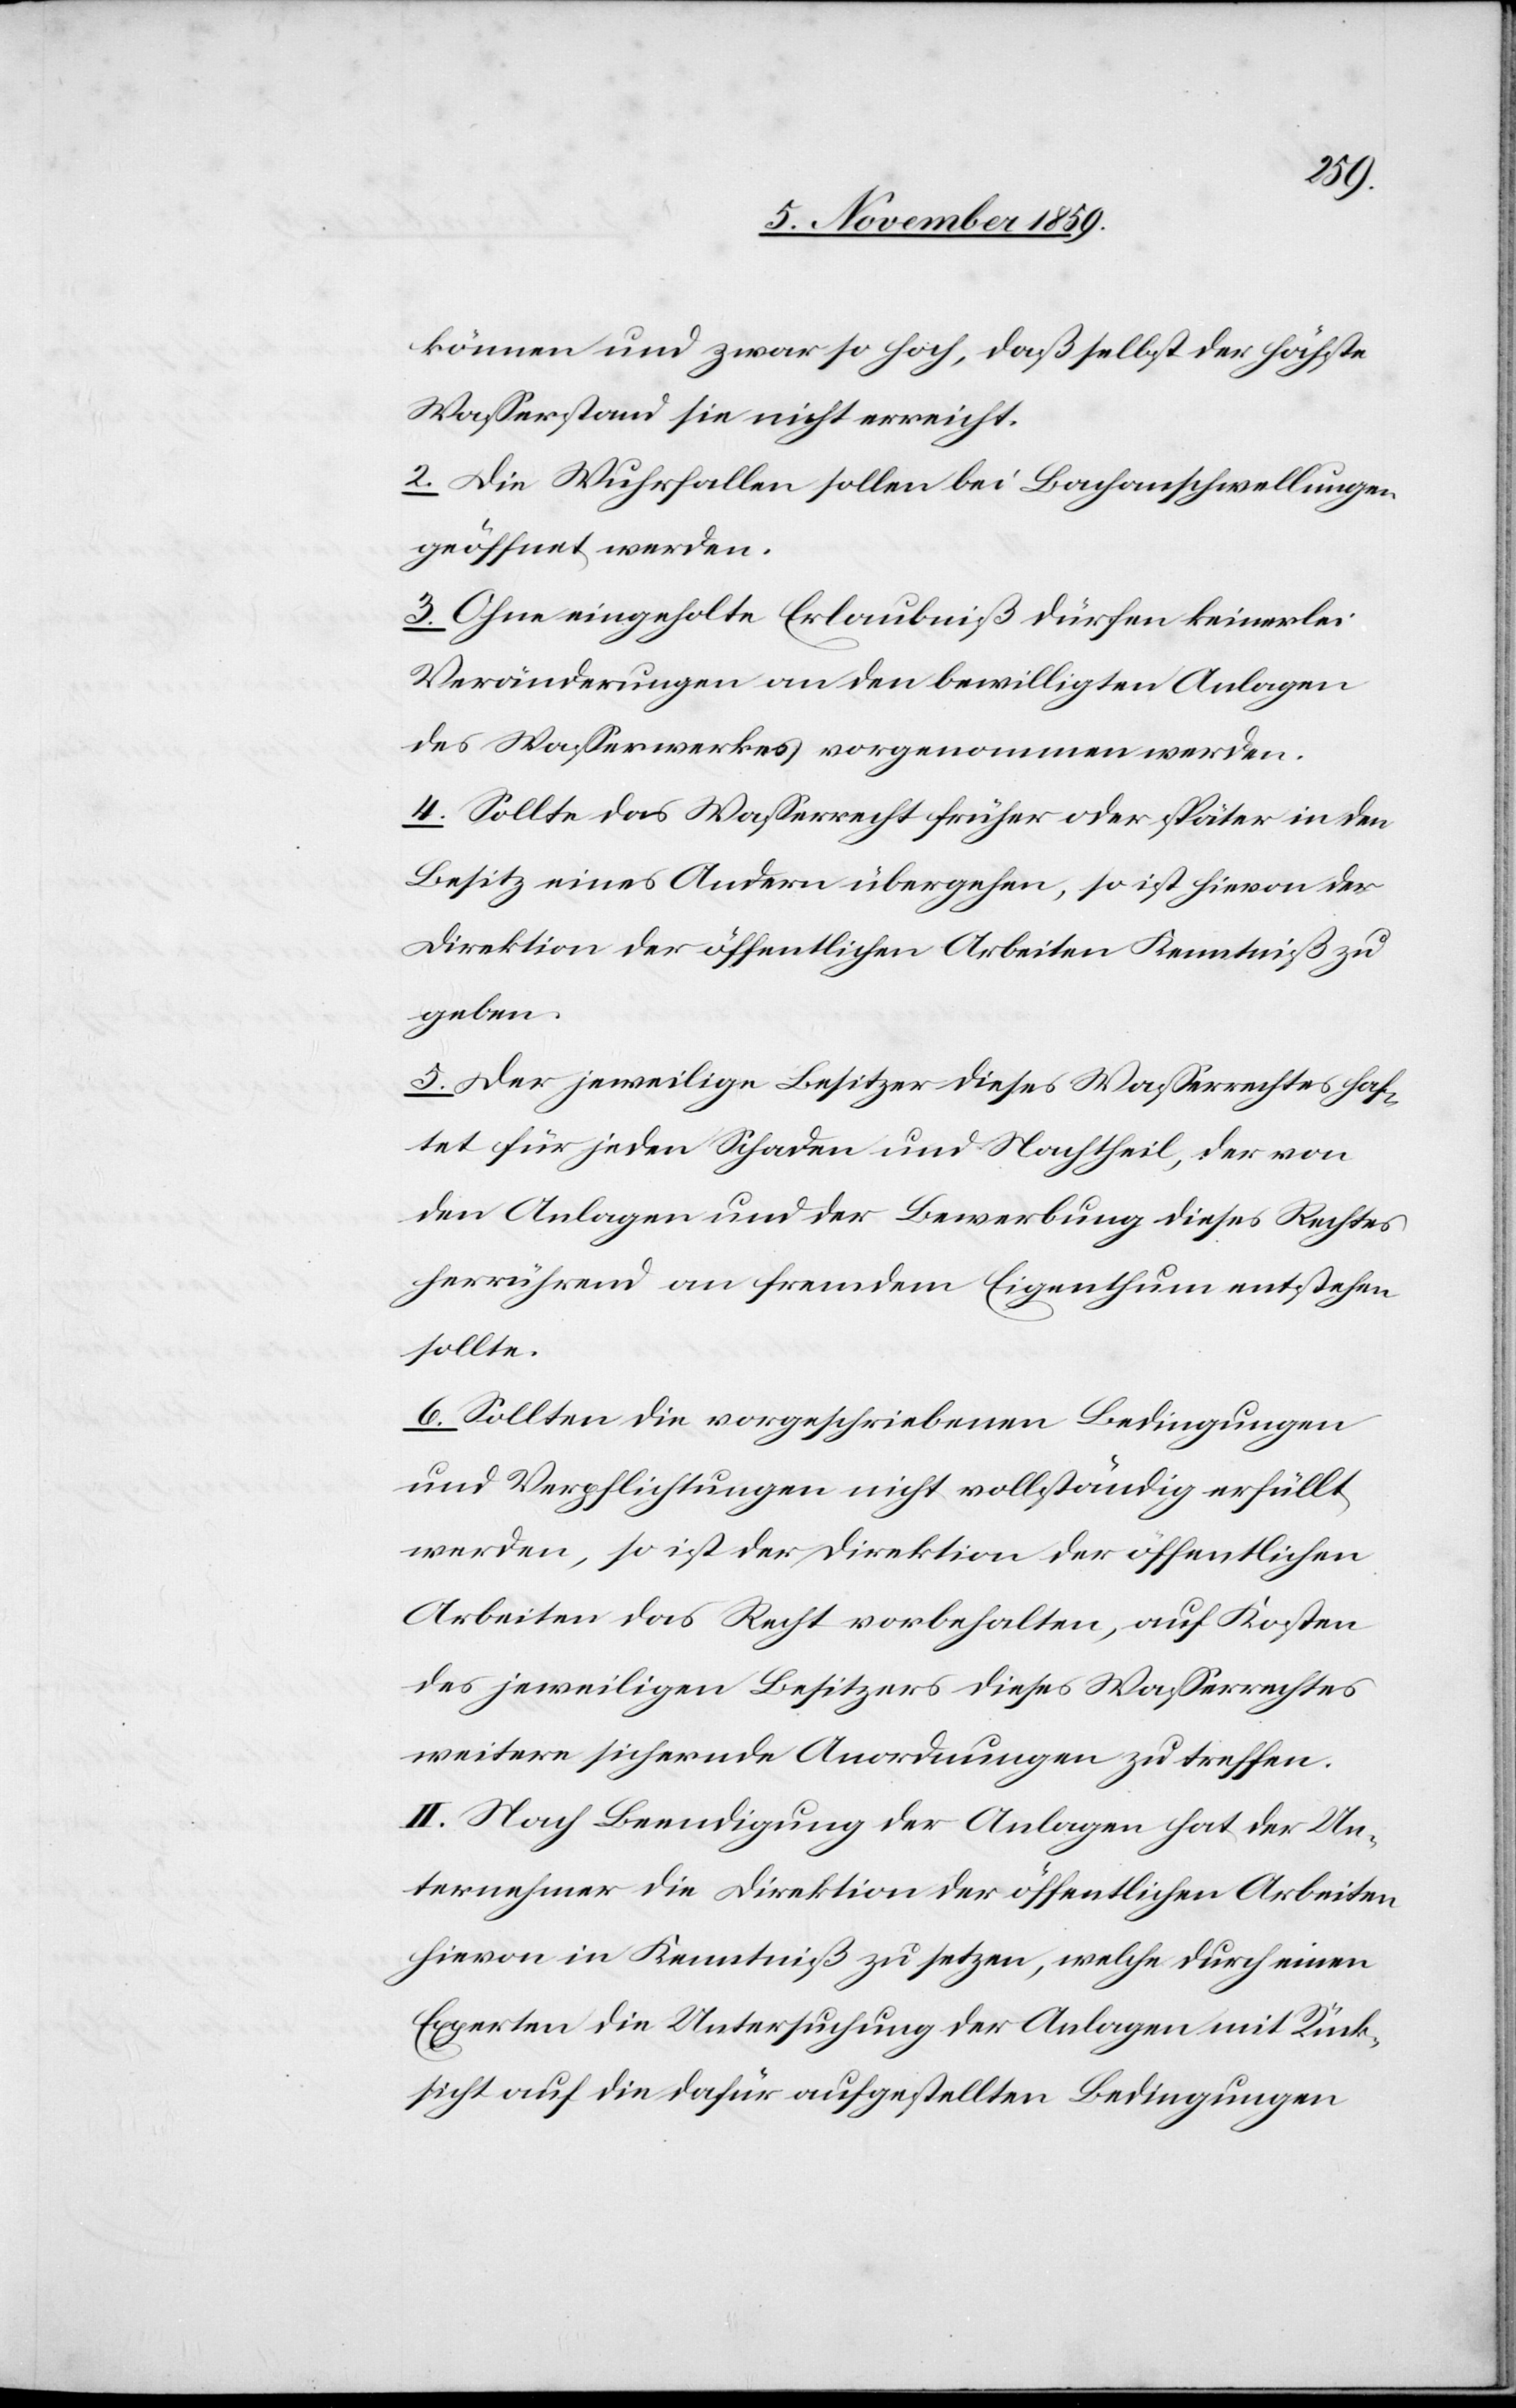
können und zwar so hoch, daß selbst der höchste
Wasserstand sie nicht erreicht.
2. Die Wuhrfallen sollen bei Bachanschwellungen
geöffnet werden.
3. Ohne eingeholte Erlaubniß dürfen keinerlei
Veränderungen an den bewilligten Anlagen
des Wasserwerkes vorgenommen werden.
4. Sollte das Wasserwerk früher oder später in den
Besitz eines Andern übergehen, so ist hievon der
Direktion der öffentlichen Arbeiten Kenntniß zu
geben.
5. Der jeweilige Besitzer dieses Wasserrechtes haf¬
tet für jeden Schaden und Nachtheil, der von
den Anlagen und der Bewerbung dieses Rechtes
herrührend an fremdem Eigenthum entstehen
sollte.
6. Sollten die vorgeschriebenen Bedingungen
und Verpflichtungen nicht vollständig erfüllt
werden, so ist der Direktion der öffentlichen
Arbeiten das Recht vorbehalten, auf Kosten
des jeweiligen Besitzers dieses Wasserrechtes
weitere sichernde Anordnungen zu treffen.
II. Nach Beendigung der Anlagen hat der Un¬
ternehmer die Direktion der öffentlichen Arbeiten
hievon in Kenntniß zu setzen, welche durch einen
Experten die Untersuchung der Anlagen mit Rück¬
sicht auf die dafür aufgestellten Bedingungen